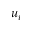
u _ { i }